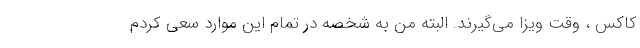
کاکس ، وقت ویزا می‌گیرند. البته من به شخصه در تمام این موارد سعی کردم